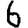
Digit: 6